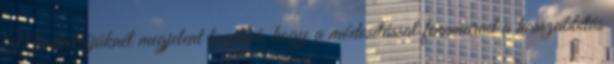
Mindkettőjüknél megjelent továbbá, hogy a módosítással fennmarad a hosszabbítás